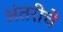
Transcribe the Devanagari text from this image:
अंतरीचे